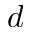
d